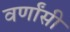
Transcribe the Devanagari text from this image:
वर्णांसी